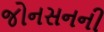
જોનસનની